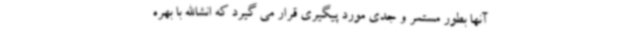
آنها بطور مستمر و جدی مورد پیگیری قرار می گیرد که انشاالله با بهره